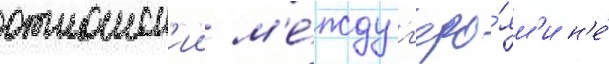
отношен'ии м'е́жду г'еро́ям'и н'е́